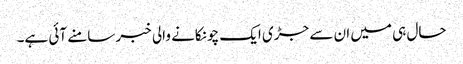
حال ہی میں ان سے جڑی ایک چونکانے والی خبر سامنے آئی ہے۔